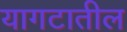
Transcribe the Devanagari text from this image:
यागटातील